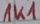
Text: 1K1